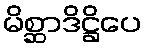
မိစ္ဆာဒိဋ္ဌိပေ